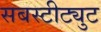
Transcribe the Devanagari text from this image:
सबस्टीट्युट